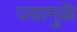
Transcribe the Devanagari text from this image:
ज्यामुळॆ